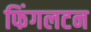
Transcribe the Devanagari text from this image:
फिंगलटन